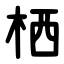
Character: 栖